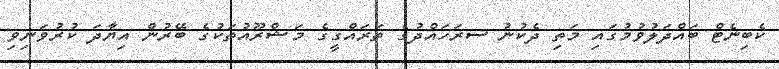
ކެބިނެޓް ބައްދަލުވުމުގައި މަތި ދެކުނު ސރަހައްދުގެ ތަރައްގީގެ މަޝްރޫއުތަކުގެ ބޭރުން އިޔާދަ ކުރުވަނިވި